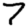
Digit: 7